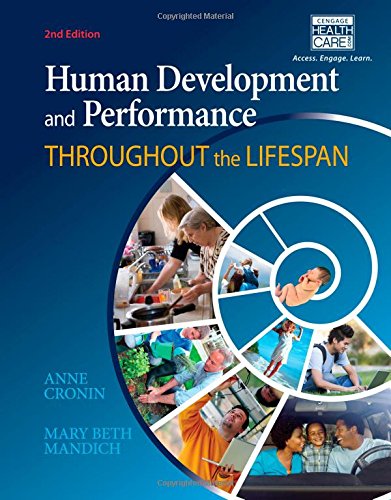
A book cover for Human Development and Performance Throughout the Lifespan; Anne Cronin; Medical Books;